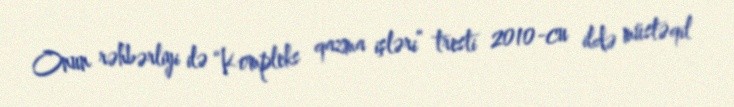
Onun rəhbərliyi ilə “Kompleks qazma işləri” tresti 2010-cu ildə müstəqil